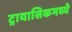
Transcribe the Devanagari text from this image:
ट्रायासिकमध्ये